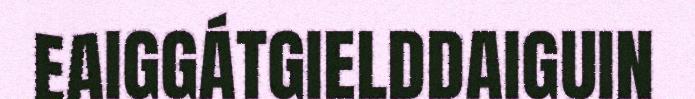
EAIGGÁTGIELDDAIGUIN